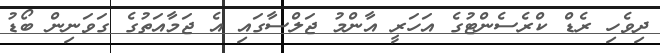
ދިވެހި ރެޑް ކްރެސެންޓުގެ އަހަރީ އާންމު ޖަލްސާގައި އެ ޖަމާއަތުގެ ގަވަނިން ބޯޑު